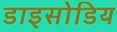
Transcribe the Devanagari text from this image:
डाइसोडिय